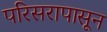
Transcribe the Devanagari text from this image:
परिसरापासून